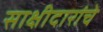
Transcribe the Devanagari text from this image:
साक्षीदारांचे